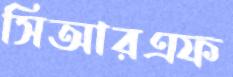
সিআরএফ